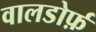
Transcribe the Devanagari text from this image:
वालडोर्फ़